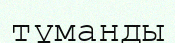
тұманды